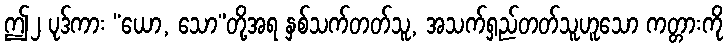
ဤ၂ ပုဒ်ကား “ယော, သော”တို့အရ နှစ်သက်တတ်သူ, အသက်ရှည်တတ်သူဟူသော ကတ္တားကို